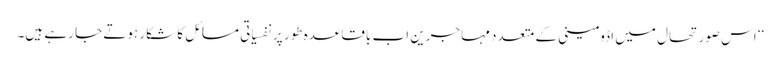
‘‘ اس صورتحال میں اڈومینی کے متعدد مہاجرین اب باقاعدہ طور پر نفسیاتی مسائل کا شکار ہوتے جا رہے ہیں۔